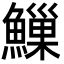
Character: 䲃